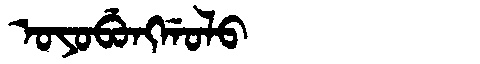
Manchu: ᠣᠶᠣᠪᡠᠩᡤᠣᠯᠣ
Romanization: OYOBUNGGOLO